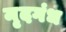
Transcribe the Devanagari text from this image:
मृदगंध